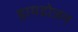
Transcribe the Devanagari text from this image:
हायडोजन